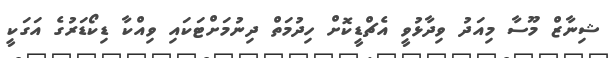
ޝިނާޒް މޫސާ މިއަދު ވިދާޅުވީ އެޗްޑީކޮށް ހިދުމަތް ދިނުމަށްޓަކައި ވިއްކާ ޑިކޯޑަރުގެ އަގަކީ